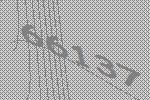
66137